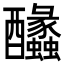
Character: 䤙